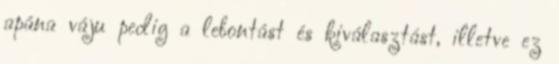
apána váju pedig a lebontást és kiválasztást, illetve ez